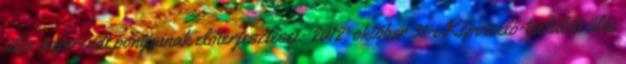
ülés napirendi pontjainak előterjesztései: 2012. október 31-i Képviselő-testületi ülés